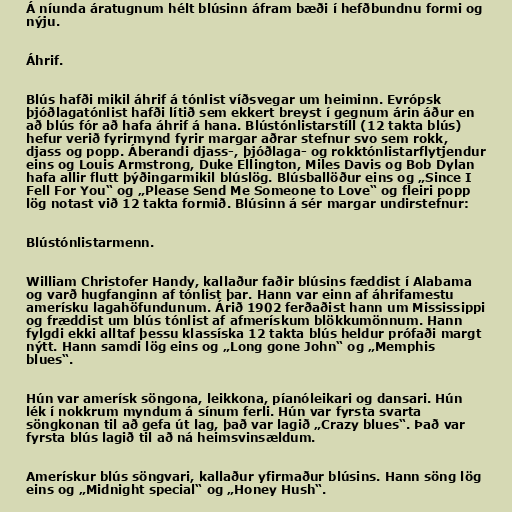
Á níunda áratugnum hélt blúsinn áfram bæði í hefðbundnu formi og
nýju.

Áhrif.

Blús hafði mikil áhrif á tónlist víðsvegar um heiminn. Evrópsk
þjóðlagatónlist hafði lítið sem ekkert breyst í gegnum árin áður en
að blús fór að hafa áhrif á hana. Blústónlistarstíll (12 takta blús)
hefur verið fyrirmynd fyrir margar aðrar stefnur svo sem rokk,
djass og popp. Áberandi djass-, þjóðlaga- og rokktónlistarflytjendur
eins og Louis Armstrong, Duke Ellington, Miles Davis og Bob Dylan
hafa allir flutt þýðingarmikil blúslög. Blúsballöður eins og „Since I
Fell For You“ og „Please Send Me Someone to Love“ og fleiri popp
lög notast við 12 takta formið. Blúsinn á sér margar undirstefnur:

Blústónlistarmenn.

William Christofer Handy, kallaður faðir blúsins fæddist í Alabama
og varð hugfanginn af tónlist þar. Hann var einn af áhrifamestu
amerísku lagahöfundunum. Árið 1902 ferðaðist hann um Mississippi
og fræddist um blús tónlist af afmerískum blökkumönnum. Hann
fylgdi ekki alltaf þessu klassíska 12 takta blús heldur prófaði margt
nýtt. Hann samdi lög eins og „Long gone John“ og „Memphis
blues“.

Hún var amerísk söngona, leikkona, píanóleikari og dansari. Hún
lék í nokkrum myndum á sínum ferli. Hún var fyrsta svarta
söngkonan til að gefa út lag, það var lagið „Crazy blues“. Það var
fyrsta blús lagið til að ná heimsvinsældum.

Amerískur blús söngvari, kallaður yfirmaður blúsins. Hann söng lög
eins og „Midnight special“ og „Honey Hush“.